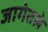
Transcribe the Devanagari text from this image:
जागेतले